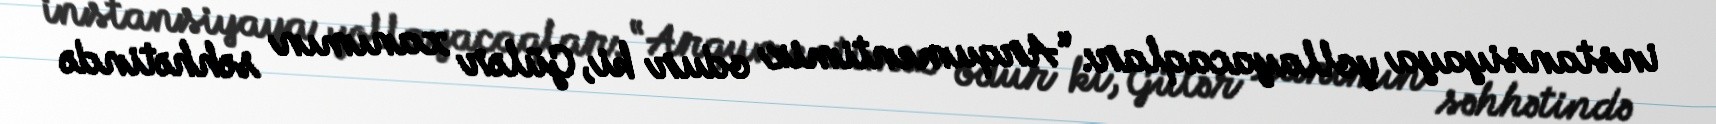
instansiyaya yollayacaqlar: “Arqumentimiz odur ki, Gülər xanımın səhhətində